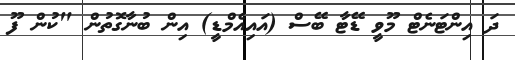
ދަ އިންޓަނެޓް މޫވީ ޑޭޓާ ބޭސް (އައިއެމްޑީ) އިން ބުނާގޮތުން "ކުން ފޫ